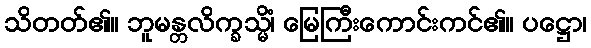
သိတတ်၏။ ဘူမန္တလိက္ခသ္မိံ၊ မြေကြီးကောင်းကင်၏။ ပဋ္ဌော၊